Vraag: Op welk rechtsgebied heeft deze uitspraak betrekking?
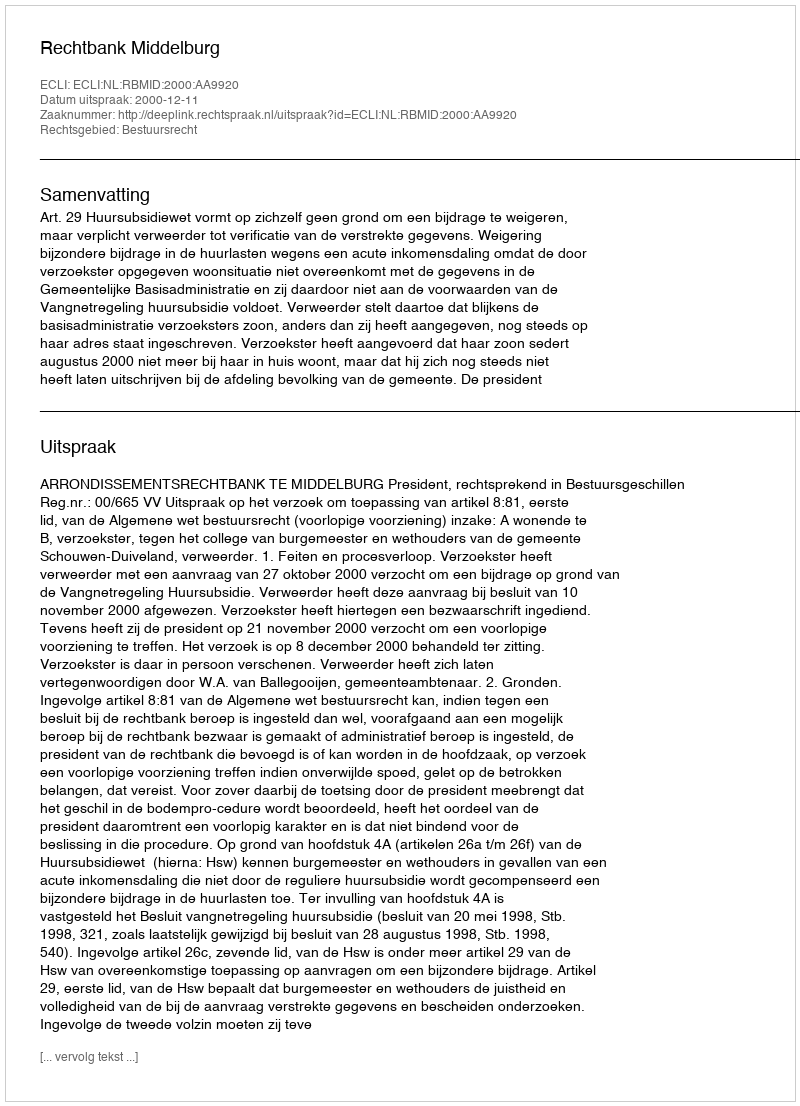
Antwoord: Bestuursrecht